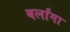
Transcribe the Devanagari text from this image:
बर्लांगा